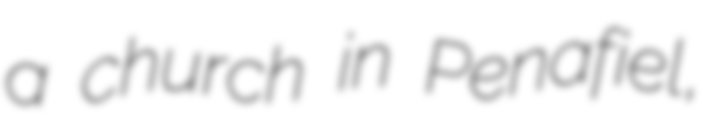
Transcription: a church in Penafiel,